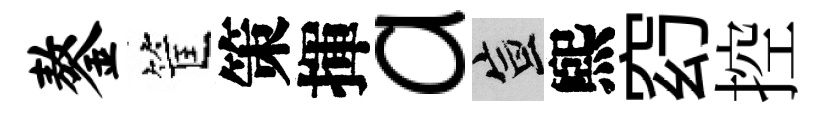
鏊筐策揮a宣煕𥥆控